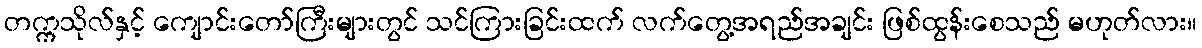
တက္ကသိုလ်နှင့် ကျောင်းတော်ကြီးများတွင် သင်ကြားခြင်းထက် လက်တွေ့အရည်အချင်း ဖြစ်ထွန်းစေသည် မဟုတ်လား။